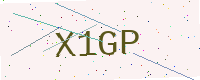
Text: X1GP